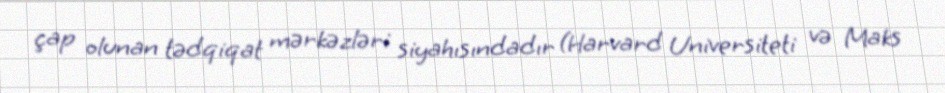
çap olunan tədqiqat mərkəzləri siyahısındadır (Harvard Universiteti və Maks